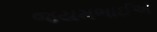
જયમભાઈએ